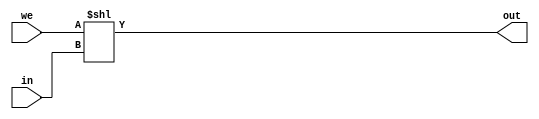
module decoder_5to32(
    input [4:0] in,
    input we,
    output [31:0] out
    );
    
    assign out = we << in;
    /*
    integer i;
    always @(in) begin
        for(i= 0; i<31; i=i+1)
            out[i] = (in==i)? 1'b1:1'b0;
    end
    */
endmodule